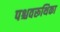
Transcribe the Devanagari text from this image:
पश्चवरूथिका